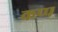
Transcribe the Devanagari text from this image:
कप्प